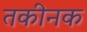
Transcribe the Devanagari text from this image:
तकीनक